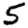
Digit: 5